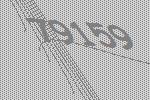
79159